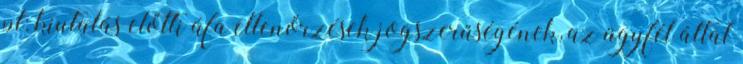
pl: kiutalás előtti áfa ellenőrzések jogszerűségének, az ügyfél által